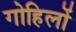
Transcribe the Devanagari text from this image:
गोहिलों